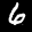
Label: 6